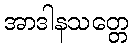
အာဒါနသတ္တေ